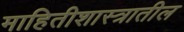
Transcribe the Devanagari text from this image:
माहितीशास्त्रातील